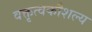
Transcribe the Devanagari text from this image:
वक्तृत्वकौशल्य